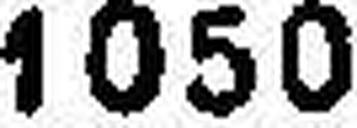
1050